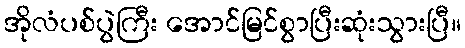
အိုလံပစ်ပွဲကြီး အောင်မြင်စွာပြီးဆုံးသွားပြီ။